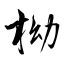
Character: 柪